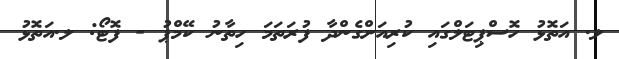
ލ. އަތޮޅު ހޮސްޕިޓަލްގައި ކުރިއަށްގެންދާ ފުރަތަމަ ހިތާނު ކޭމްޕު - ފޮޓޯ: ލ.އަތޮޅު